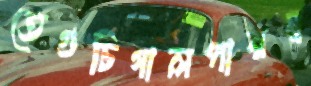
তেগুচিগালপারদ্ব